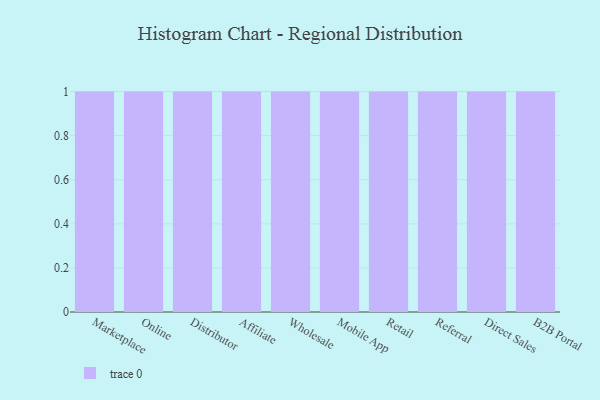
{"axis": {"x": "Channel", "y": "Population (Million)"}, "legend": [""], "data": [{"x": "Marketplace", "y": 22, "type": ""}, {"x": "Online", "y": 83, "type": ""}, {"x": "Distributor", "y": 47, "type": ""}, {"x": "Affiliate", "y": 48, "type": ""}, {"x": "Wholesale", "y": 12, "type": ""}, {"x": "Mobile App", "y": 91, "type": ""}, {"x": "Retail", "y": 17, "type": ""}, {"x": "Referral", "y": 6, "type": ""}, {"x": "Direct Sales", "y": 37, "type": ""}, {"x": "B2B Portal", "y": 76, "type": ""}]}